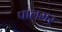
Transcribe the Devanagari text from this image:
पालमर